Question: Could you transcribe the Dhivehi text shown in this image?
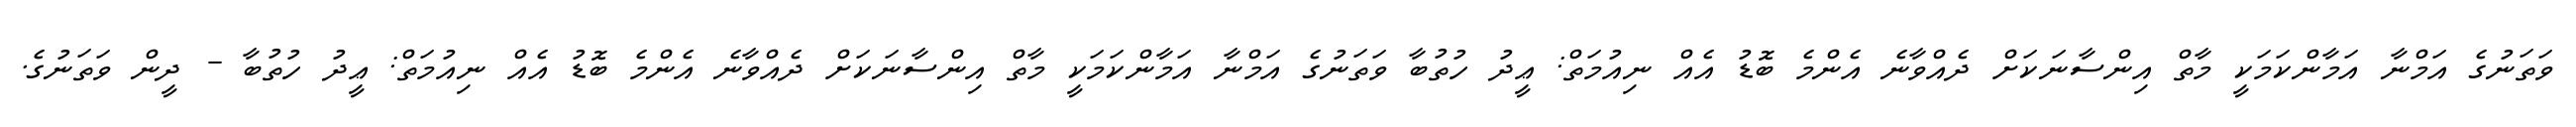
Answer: ވަތަނުގެ އަމްނާ އަމާންކަމަކީ މާތް އިންސާނަކަށް ދެއްވާނެ އެންމެ ބޮޑު އެއް ނިއުމަތް: ޢީދު ހުތުބާ ވަތަނުގެ އަމްނާ އަމާންކަމަކީ މާތް އިންސާނަކަށް ދެއްވާނެ އެންމެ ބޮޑު އެއް ނިއުމަތް: ޢީދު ހުތުބާ - ދީން ވަތަނުގެ.